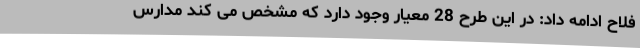
فلاح ادامه داد: در این طرح 28 معیار وجود دارد که مشخص می کند مدارس